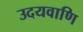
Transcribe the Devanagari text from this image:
उदयवाणि